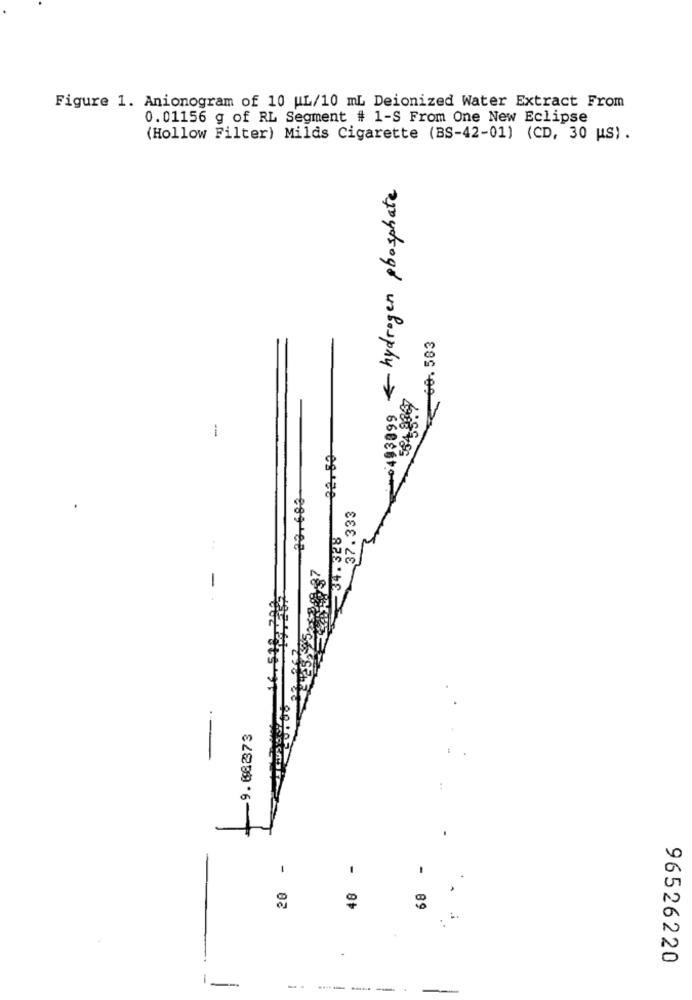
Figure 1. Anionogram of 10 HL/10 mL Deionized Water Extract From
0.01156 g of RL Segment # 1-S From One New Eclipse
(Hollow Filter) Milds Cigarette (BS-42-01) (CD, 30 US).
hydrogen phosphate
60.583
594 8867
0493899
-
23.683
37.333
34.328
-9. 082373
20 -
-
-
48
68
96526220
-
-